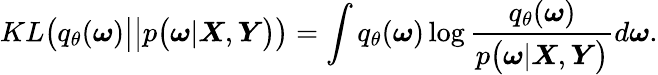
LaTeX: KL\big(q_{\theta}(\boldsymbol{\omega})\big|\big|p\big(\boldsymbol{\omega}|\boldsymbol{X},\boldsymbol{Y}\big)\big)=\int q_{\theta}(\boldsymbol{\omega})\log\frac{q_{\theta}(\boldsymbol{\omega})}{p\big(\boldsymbol{\omega}|\boldsymbol{X},\boldsymbol{Y}\big)}d\boldsymbol{\omega}.